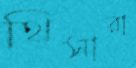
থিসারা